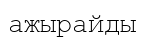
ажырайды